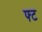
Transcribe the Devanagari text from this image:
फ्ट